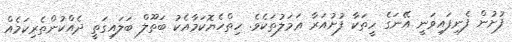
ފުށުން ފެނިފައިވަނީ އޭނަގެ ހީތަކާ ފުށުއަރާ ޢަމަލުތަކެވެ. ހިތްހެޔޮކަމާއެކު ބަތޫލް ބަލައިގަތީ ދެއްކުންތެރިކަމެއް